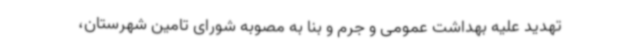
تهدید علیه بهداشت عمومی و جرم و بنا به مصوبه شورای تامین شهرستان،